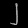
Digit: ၂